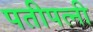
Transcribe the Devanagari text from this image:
पतीपत्‍नी